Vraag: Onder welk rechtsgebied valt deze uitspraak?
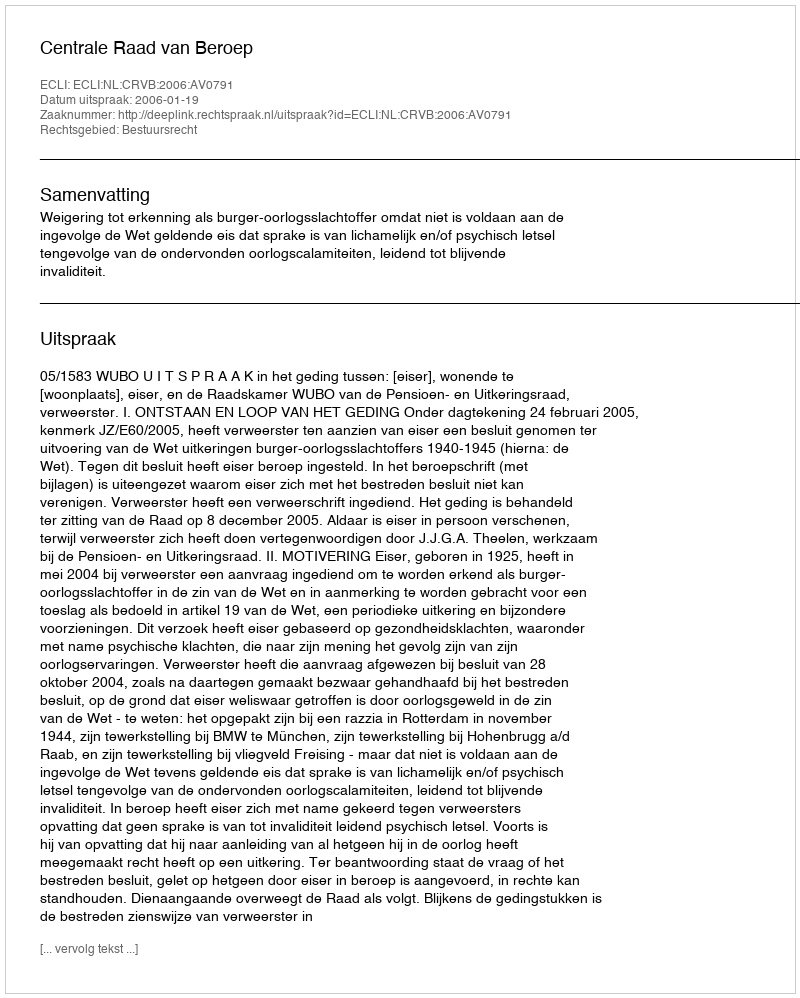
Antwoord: Bestuursrecht